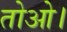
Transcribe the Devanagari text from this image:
तोओ।